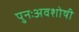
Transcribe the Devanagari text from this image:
पुनःअवशोषी